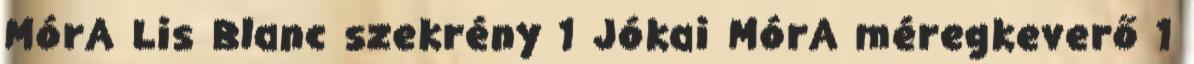
MórA Lis Blanc szekrény 1 Jókai MórA méregkeverő 1